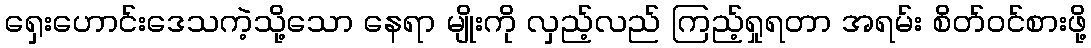
ရှေးဟောင်းဒေသကဲ့သို့သော နေရာ မျိုးကို လှည့်လည် ကြည့်ရှုရတာ အရမ်း စိတ်ဝင်စားဖို့